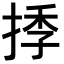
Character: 𢯗